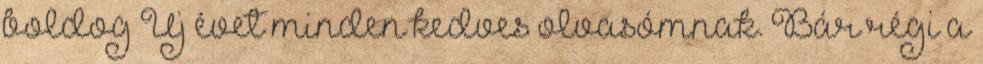
boldog Új évet minden kedves olvasómnak. Bár régi a